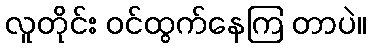
လူတိုင်း ဝင်ထွက်နေကြ တာပဲ။